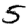
Digit: 5